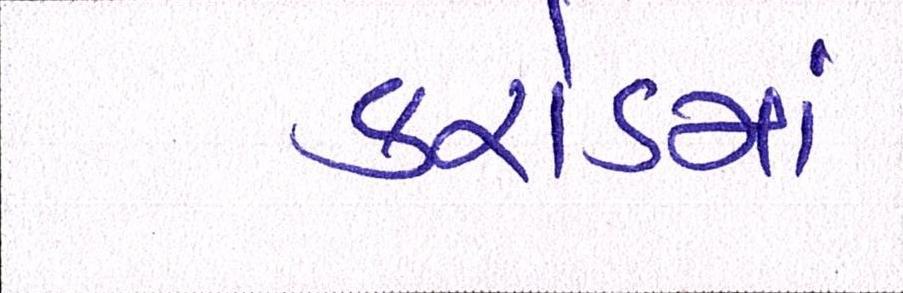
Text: કરોડમાં